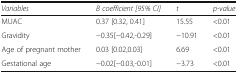
| Variables | B coefficient [95% CI] | t | p-value |
 | --- | --- | --- | --- |
 | MUAC | 0.37 [0.32, 0.41] | 15.55 | <0.01 |
 | Gravidity | −0.35[−0.42,-0.29] | −10.91 | <0.01 |
 | Age of pregnant mother | 0.03 [0.02,0.03] | 6.69 | <0.01 |
 | Gestational age | −0.02[−0.03,-0.01] | −3.73 | <0.01 |